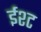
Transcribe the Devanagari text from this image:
ईश्ट